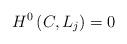
LaTeX: \begin{align*}H^0\left(C,L_j\right)=0\end{align*}